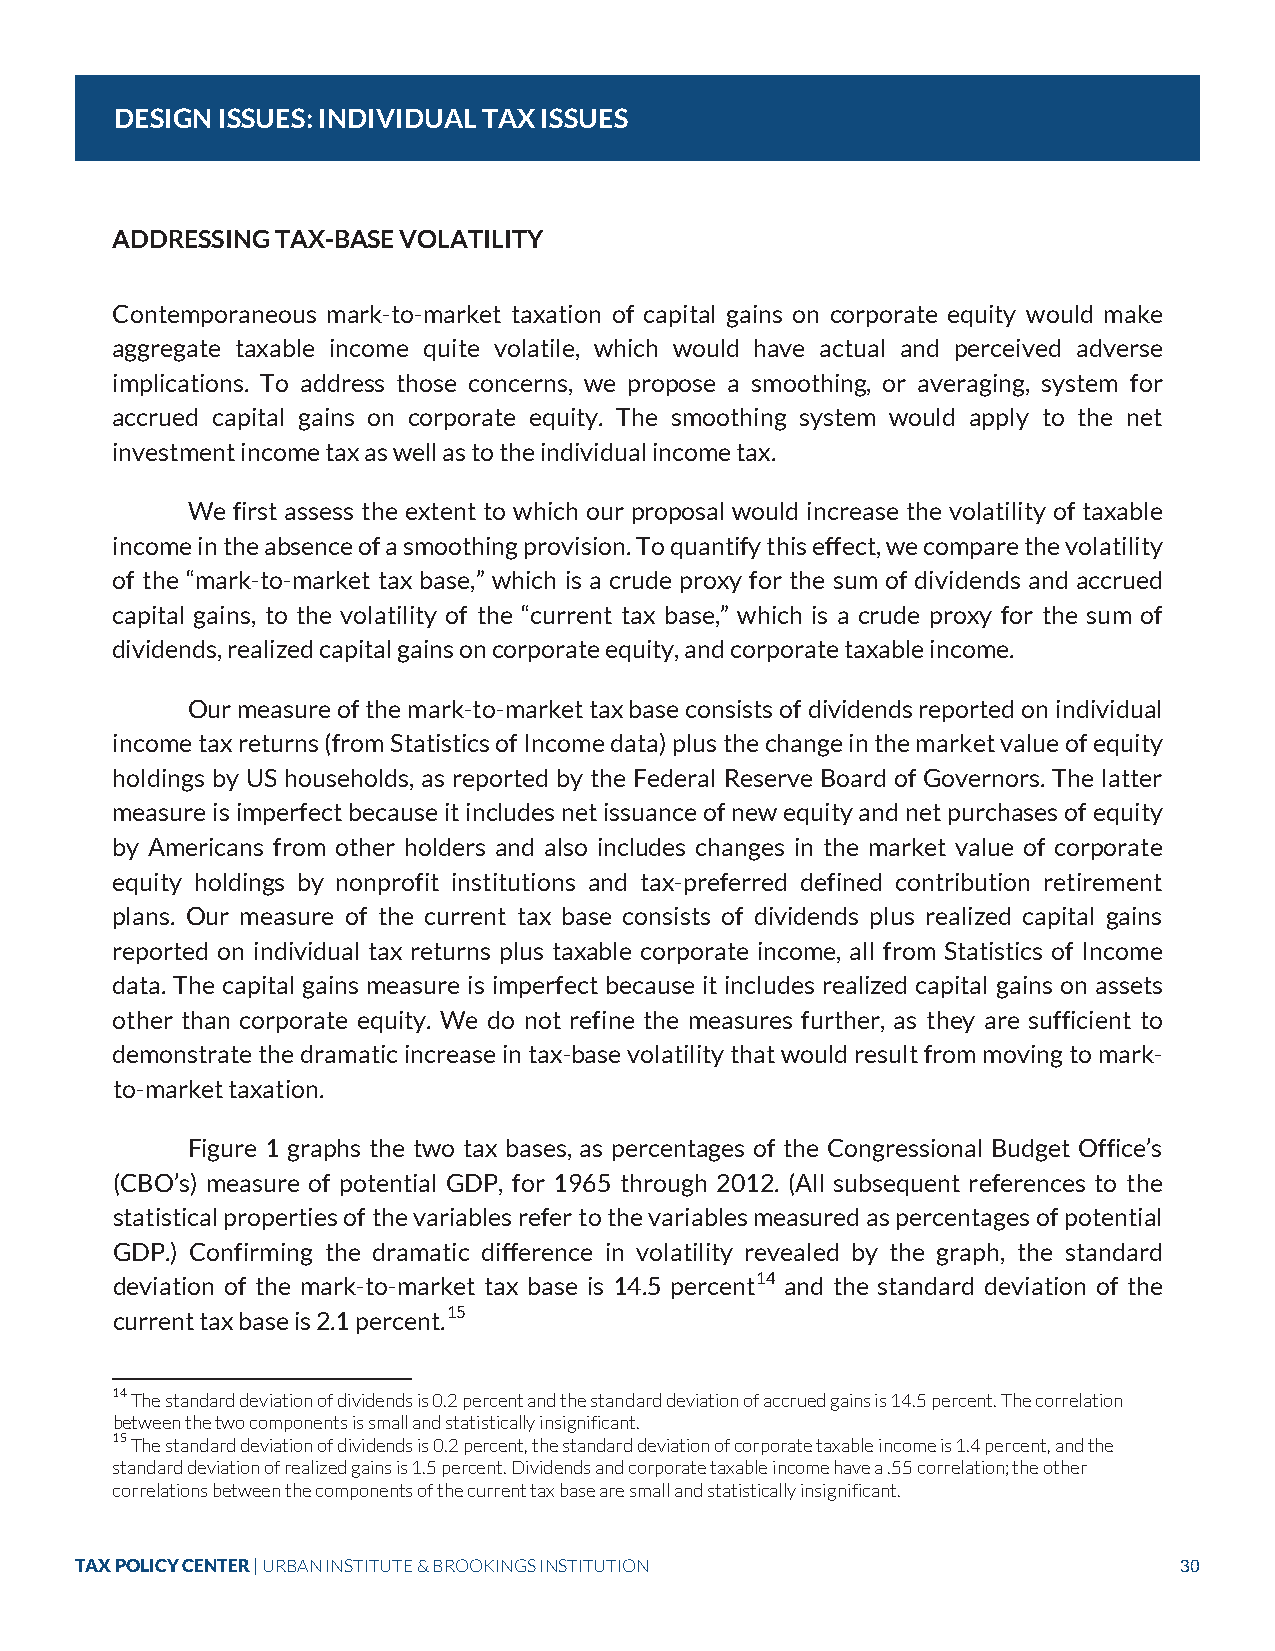
DESIGN ISSUES: INDIVIDUAL TAX ISSUES
 ADDRESSING TAX-BASE VOLATILITY
 Contemporaneous mark-to-market taxation of capital gains on corporate equity would make
 aggregate taxable income quite volatile, which would have actual and perceived adverse
 implications. To address those concerns, we propose a smoothing, or averaging, system for
 accrued capital gains on corporate equity. The smoothing system would apply to the net
 investment income tax as well as to the individual income tax.
 We first assess the extent to which our proposal would increase the volatility of taxable
 income in the absence of a smoothing provision. To quantify this effect, we compare the volatility
 of the “mark-to-market tax base,” which is a crude proxy for the sum of dividends and accrued
 capital gains, to the volatility of the “current tax base,” which is a crude proxy for the sum of
 dividends, realized capital gains on corporate equity, and corporate taxable income.
 Our measure of the mark-to-market tax base consists of dividends reported on individual
 income tax returns (from Statistics of Income data) plus the change in the market value of equity
 holdings by US households, as reported by the Federal Reserve Board of Governors. The latter
 measure is imperfect because it includes net issuance of new equity and net purchases of equity
 by Americans from other holders and also includes changes in the market value of corporate
 equity holdings by nonprofit institutions and tax-preferred defined contribution retirement
 plans. Our measure of the current tax base consists of dividends plus realized capital gains
 reported on individual tax returns plus taxable corporate income, all from Statistics of Income
 data. The capital gains measure is imperfect because it includes realized capital gains on assets
 other than corporate equity. We do not refine the measures further, as they are sufficient to
 demonstrate the dramatic increase in tax-base volatility that would result from moving to mark-
 to-market taxation.
 Figure 1 graphs the two tax bases, as percentages of the Congressional Budget Office’s
 (CBO’s) measure of potential GDP, for 1965 through 2012. (All subsequent references to the
 statistical properties of the variables refer to the variables measured as percentages of potential
 GDP.) Confirming the dramatic difference in volatility revealed by the graph, the standard
 deviation of the mark-to-market tax base is 14.5 percent14 and the standard deviation of the
 current tax base is 2.1 percent.15
 14 The standard deviation of dividends is 0.2 percent and the standard deviation of accrued gains is 14.5 percent. The correlation
 between the two components is small and statistically insignificant.
 15 The standard deviation of dividends is 0.2 percent, the standard deviation of corporate taxable income is 1.4 percent, and the
 standard deviation of realized gains is 1.5 percent. Dividends and corporate taxable income have a .55 correlation; the other
 correlations between the components of the current tax base are small and statistically insignificant.
 TAX POLICY CENTER | URBAN INSTITUTE & BROOKINGS INSTITUTION              30